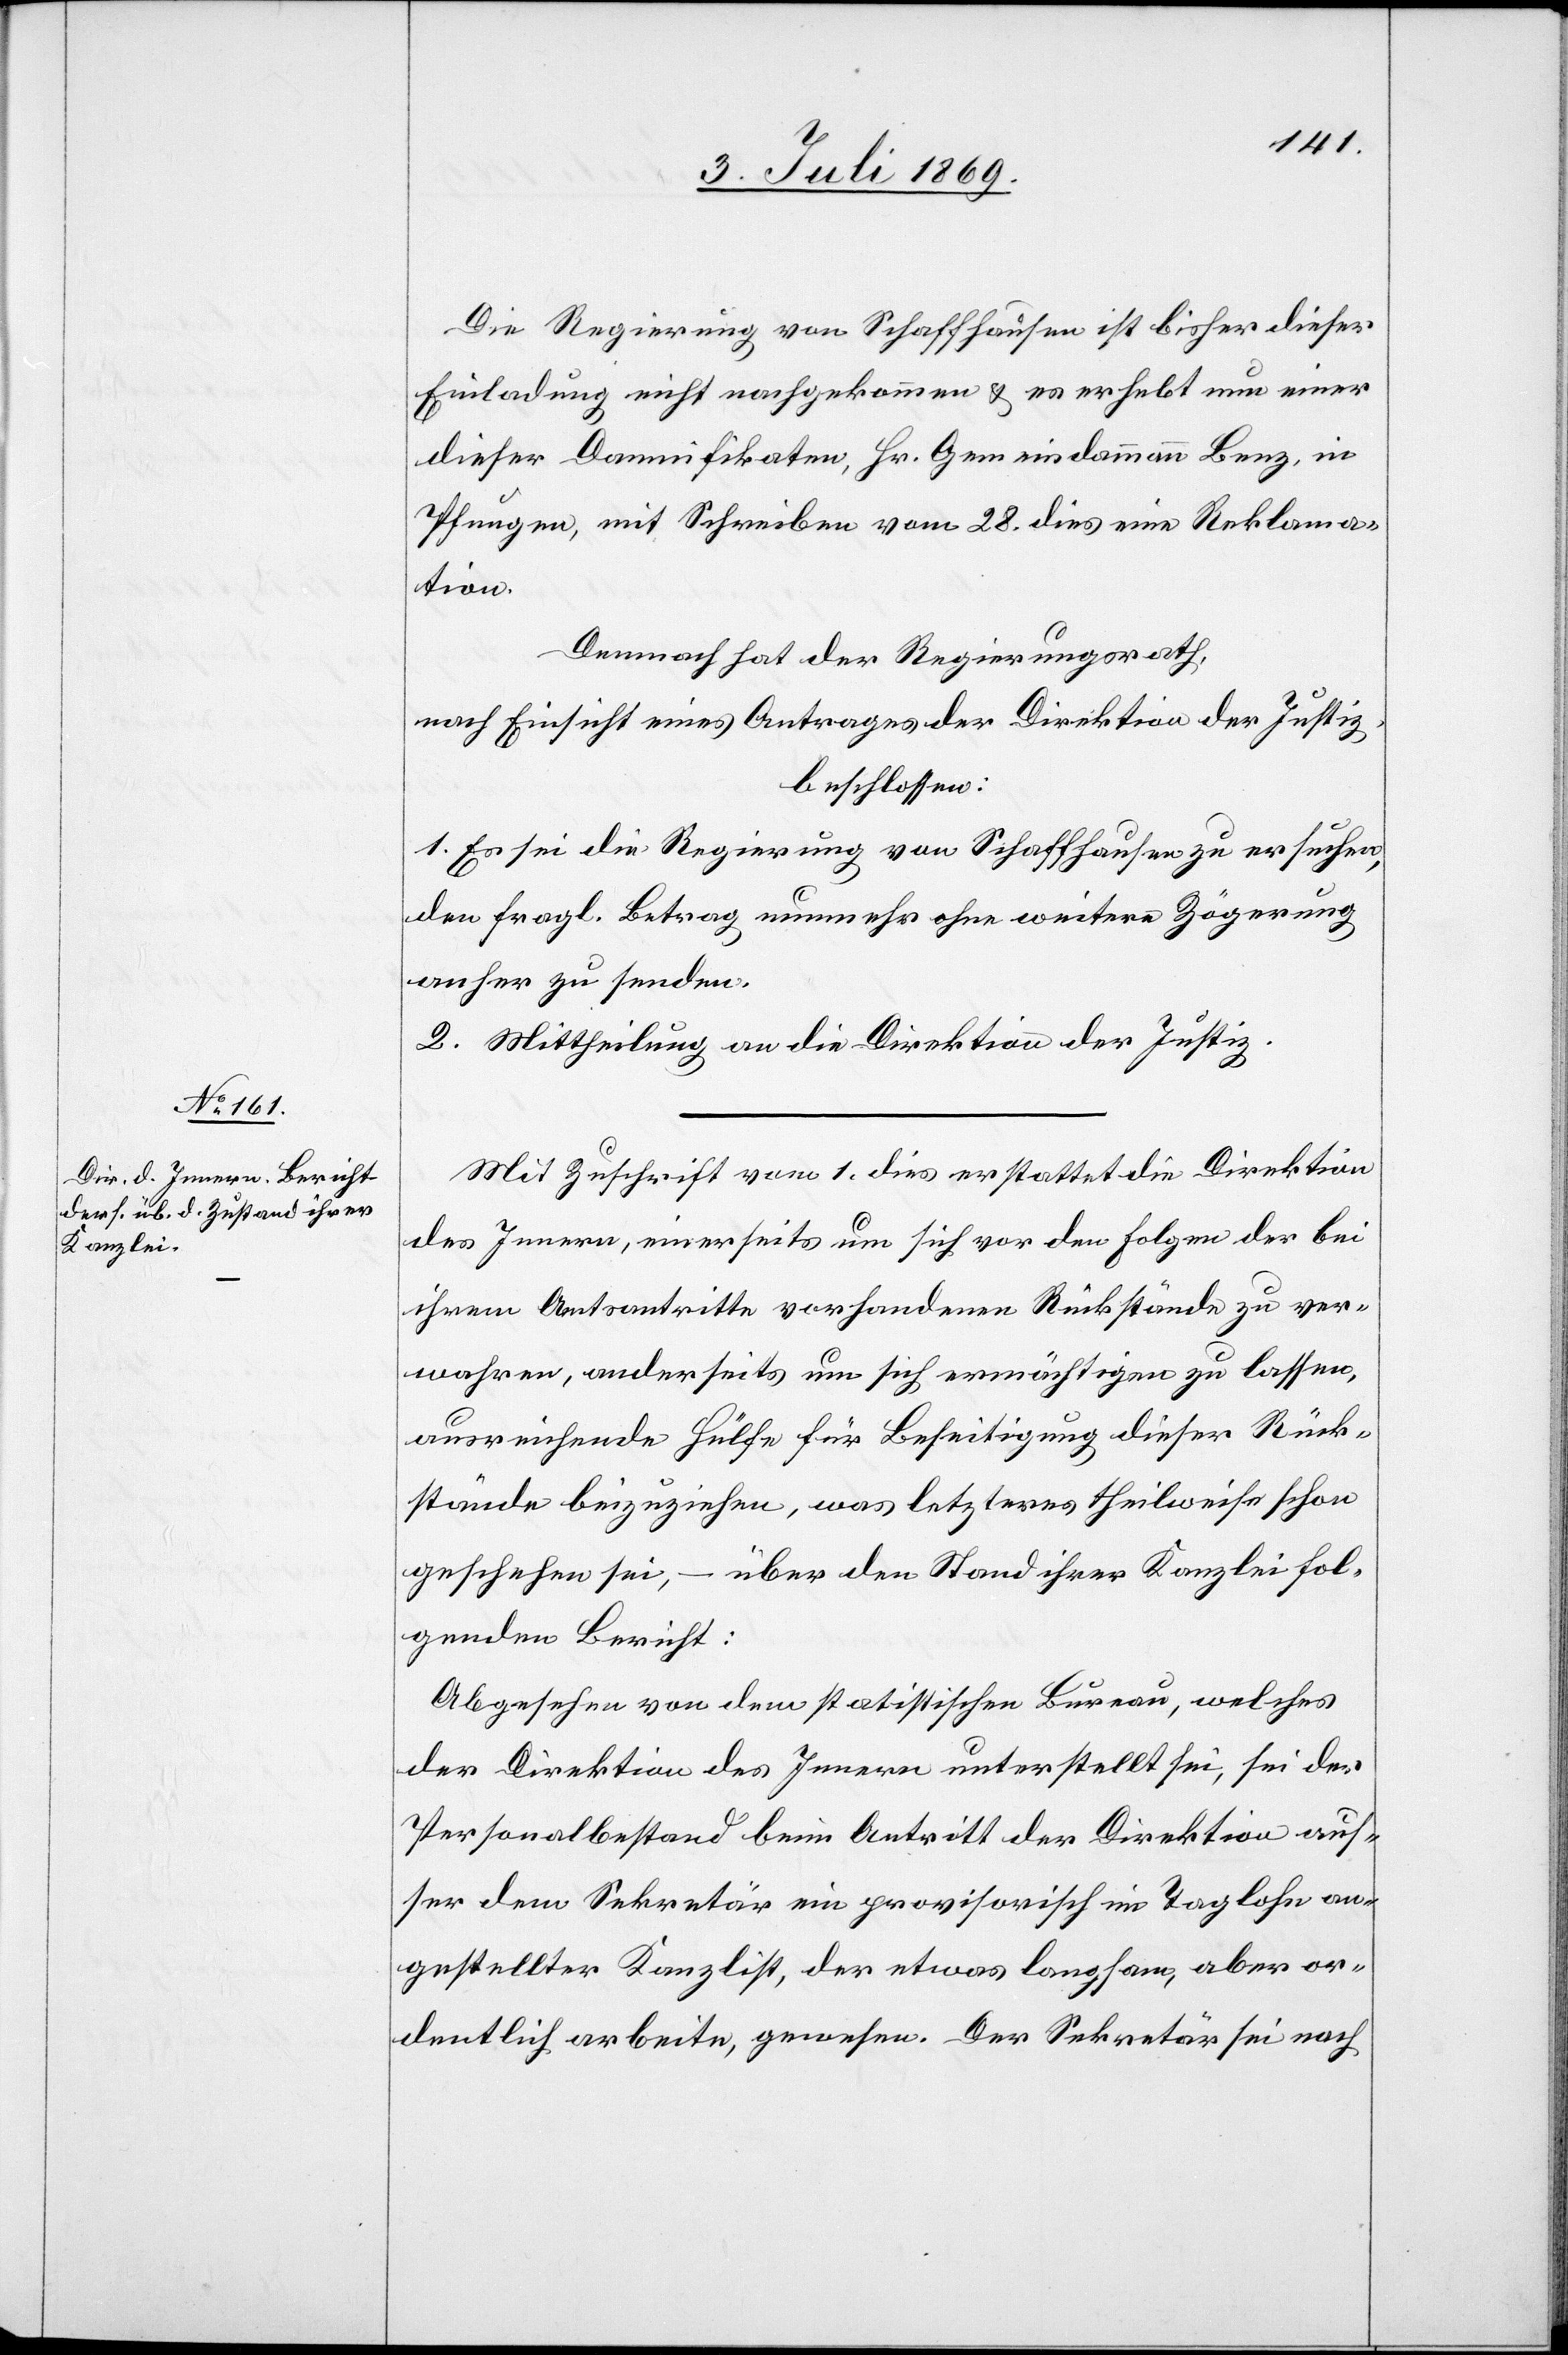
Die Regierung von Schaffhausen ist bisher dieser
Einladung nicht nachgekommen u. er erhebt nun einer
dieser Damnifikaten, Hr. Gemeindammann Benz, in
Pfungen, mit Schreiben vom 28 dies eine Reklama¬
tion.
Demnach hat der Regierungsrath,
nach Einsicht eines Antrages der Direktion der Justiz,
beschlossen:
1. Es sei die Regierung von Schaffhausen zu ersuchen,
den fragl. Betrag nunmehr ohne weitere Zögerung
anher zu senden.
2. Mittheilung an die Direktion der Justiz.
Mit Zuschrift vom 1 dies erstattet die Direktion
des Innern, einerseits um sich vor den Folgen der bei
ihrem Amtsantritte vorhandenen Rückstände zu ver¬
wahren, anderseits um sich ermächtigen zu lassen,
ausreichende Hülfe für Beseitigung dieser Rück¬
stände beizuziehen, was letzteres theilweise schon
geschehen sei, – über den Stand ihrer Kanzlei fol¬
genden Bericht:
Abgesehen von dem statistischen Bureau, welches
der Direktion des Innern unterstellt sei, sei der
Personalbestand beim Austritt der Direktion aus¬
ser dem Sekretär ein provisorisch im Taglohn an¬
gestellter Kanzlist, der etwas langsam, aber or¬
dentlich arbeite, gewesen. Der Sekretär sei nach